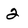
Character: 2